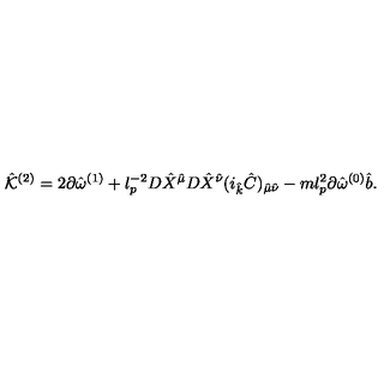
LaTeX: { \hat { \cal K } } ^ { ( 2 ) } = 2 \partial { \hat { \omega } } ^ { ( 1 ) } + l _ { p } ^ { - 2 } D { \hat { X } } ^ { \hat { \mu } } D { \hat { X } } ^ { \hat { \nu } } ( i _ { \hat { k } } { \hat { C } } ) _ { { \hat { \mu } } { \hat { \nu } } } - m l _ { p } ^ { 2 } \partial { \hat { \omega } } ^ { ( 0 ) } { \hat { b } } .